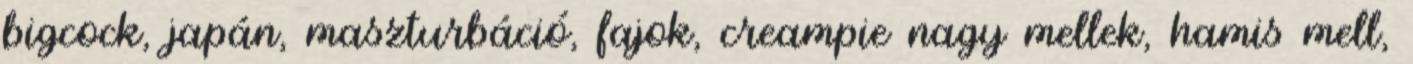
bigcock, japán, maszturbáció, fajok, creampie nagy mellek, hamis mell,